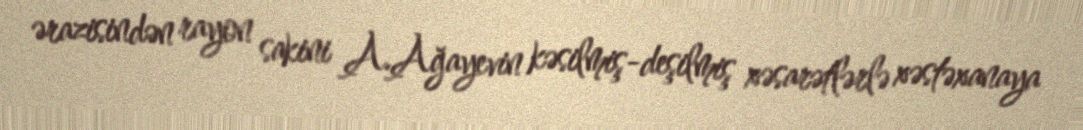
ərazisindən rayon sakini A.Ağayevin kəsilmiş-deşilmiş xəsarətlərlə xəstəxanaya